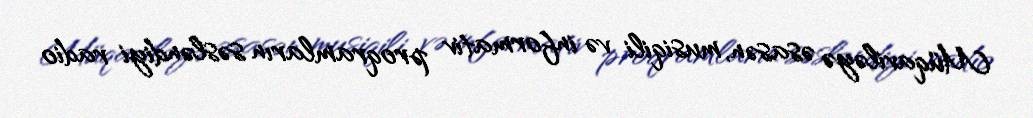
Müqaviləyə əsasən, musiqili və informativ proqramların səsləndiyi radio